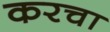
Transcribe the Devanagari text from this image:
करचा